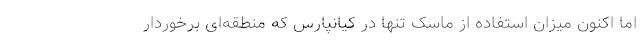
اما اکنون میزان استفاده از ماسک تنها در کیانپارس که منطقه‌ای برخوردار